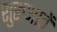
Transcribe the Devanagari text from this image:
शुरुआतें